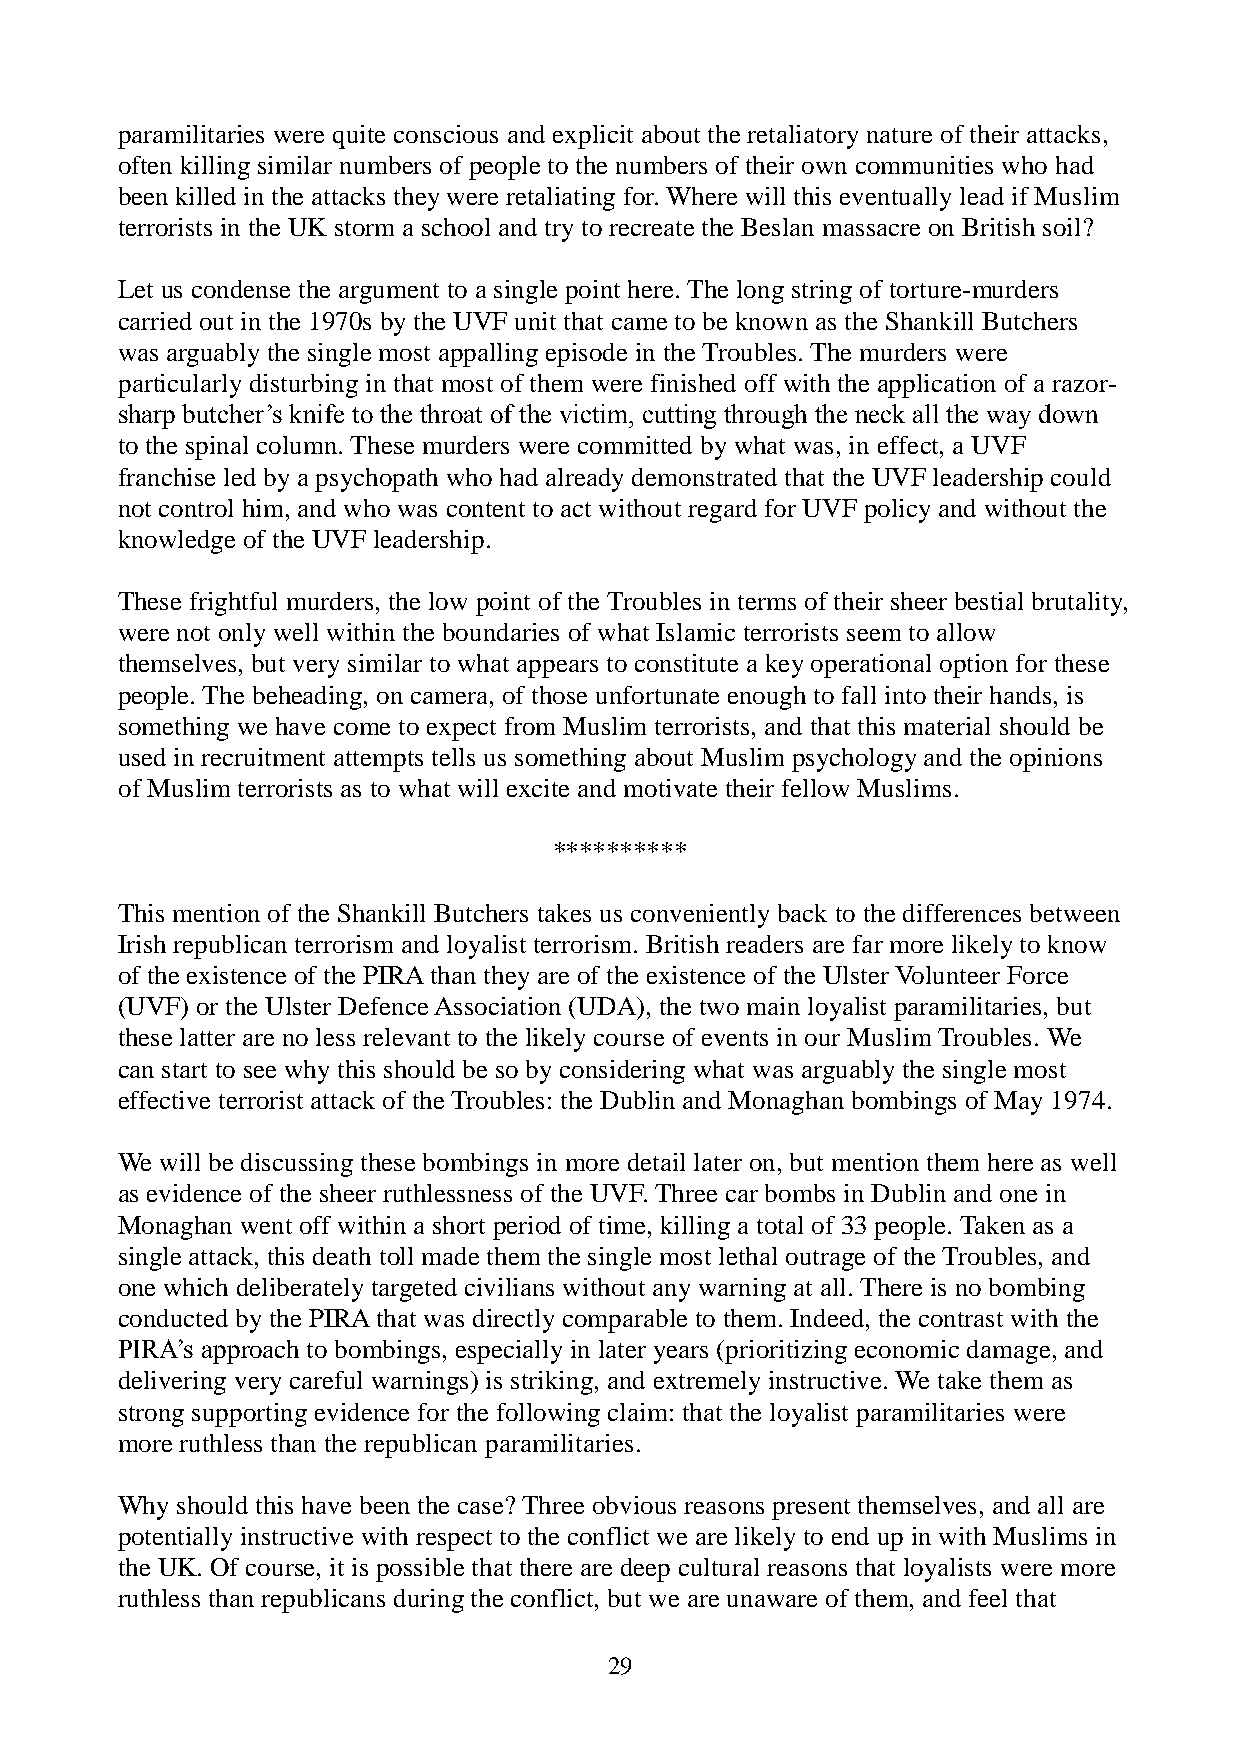
paramilitaries were quite conscious and explicit about the retaliatory nature of their attacks,
 often killing similar numbers of people to the numbers of their own communities who had
 been killed in the attacks they were retaliating for. Where will this eventually lead if Muslim
 terrorists in the UK storm a school and try to recreate the Beslan massacre on British soil?
 Let us condense the argument to a single point here. The long string of torture-murders
 carried out in the 1970s by the UVF unit that came to be known as the Shankill Butchers
 was arguably the single most appalling episode in the Troubles. The murders were
 particularly disturbing in that most of them were finished off with the application of a razor-
 sharp butcher’s knife to the throat of the victim, cutting through the neck all the way down
 to the spinal column. These murders were committed by what was, in effect, a UVF
 franchise led by a psychopath who had already demonstrated that the UVF leadership could
 not control him, and who was content to act without regard for UVF policy and without the
 knowledge of the UVF leadership.
 These frightful murders, the low point of the Troubles in terms of their sheer bestial brutality,
 were not only well within the boundaries of what Islamic terrorists seem to allow
 themselves, but very similar to what appears to constitute a key operational option for these
 people. The beheading, on camera, of those unfortunate enough to fall into their hands, is
 something we have come to expect from Muslim terrorists, and that this material should be
 used in recruitment attempts tells us something about Muslim psychology and the opinions
 of Muslim terrorists as to what will excite and motivate their fellow Muslims.
 **********
 This mention of the Shankill Butchers takes us conveniently back to the differences between
 Irish republican terrorism and loyalist terrorism. British readers are far more likely to know
 of the existence of the PIRA than they are of the existence of the Ulster Volunteer Force
 (UVF) or the Ulster Defence Association (UDA), the two main loyalist paramilitaries, but
 these latter are no less relevant to the likely course of events in our Muslim Troubles. We
 can start to see why this should be so by considering what was arguably the single most
 effective terrorist attack of the Troubles: the Dublin and Monaghan bombings of May 1974.
 We will be discussing these bombings in more detail later on, but mention them here as well
 as evidence of the sheer ruthlessness of the UVF. Three car bombs in Dublin and one in
 Monaghan went off within a short period of time, killing a total of 33 people. Taken as a
 single attack, this death toll made them the single most lethal outrage of the Troubles, and
 one which deliberately targeted civilians without any warning at all. There is no bombing
 conducted by the PIRA that was directly comparable to them. Indeed, the contrast with the
 PIRA’s approach to bombings, especially in later years (prioritizing economic damage, and
 delivering very careful warnings) is striking, and extremely instructive. We take them as
 strong supporting evidence for the following claim: that the loyalist paramilitaries were
 more ruthless than the republican paramilitaries.
 Why should this have been the case? Three obvious reasons present themselves, and all are
 potentially instructive with respect to the conflict we are likely to end up in with Muslims in
 the UK. Of course, it is possible that there are deep cultural reasons that loyalists were more
 ruthless than republicans during the conflict, but we are unaware of them, and feel that
 29